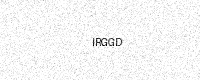
Text: IRGGD